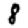
Digit: 8